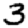
Digit: 3